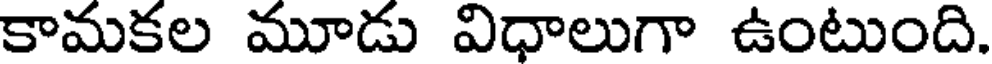
కామకల మూడు విధాలుగా ఉంటుంది.